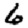
Digit: 6